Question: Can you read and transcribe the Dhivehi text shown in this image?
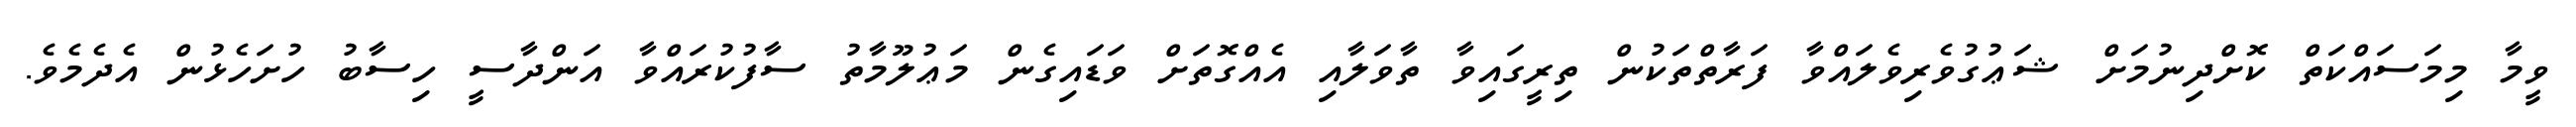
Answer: ވީމާ މިމަސައްކަތް ކޮށްދިނުމަށް ޝަޢުގުވެރިވެލައްވާ ފަރާތްތަކުން ތިރީގައިވާ ތާވަލާއި އެއްގޮތަށް ވަޑައިގެން މަޢުލޫމާތު ސާފުކުރައްވާ އަންދާސީ ހިސާބު ހުށަހެޅުން އެދެމެވެ.